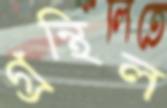
গ্রন্থিল